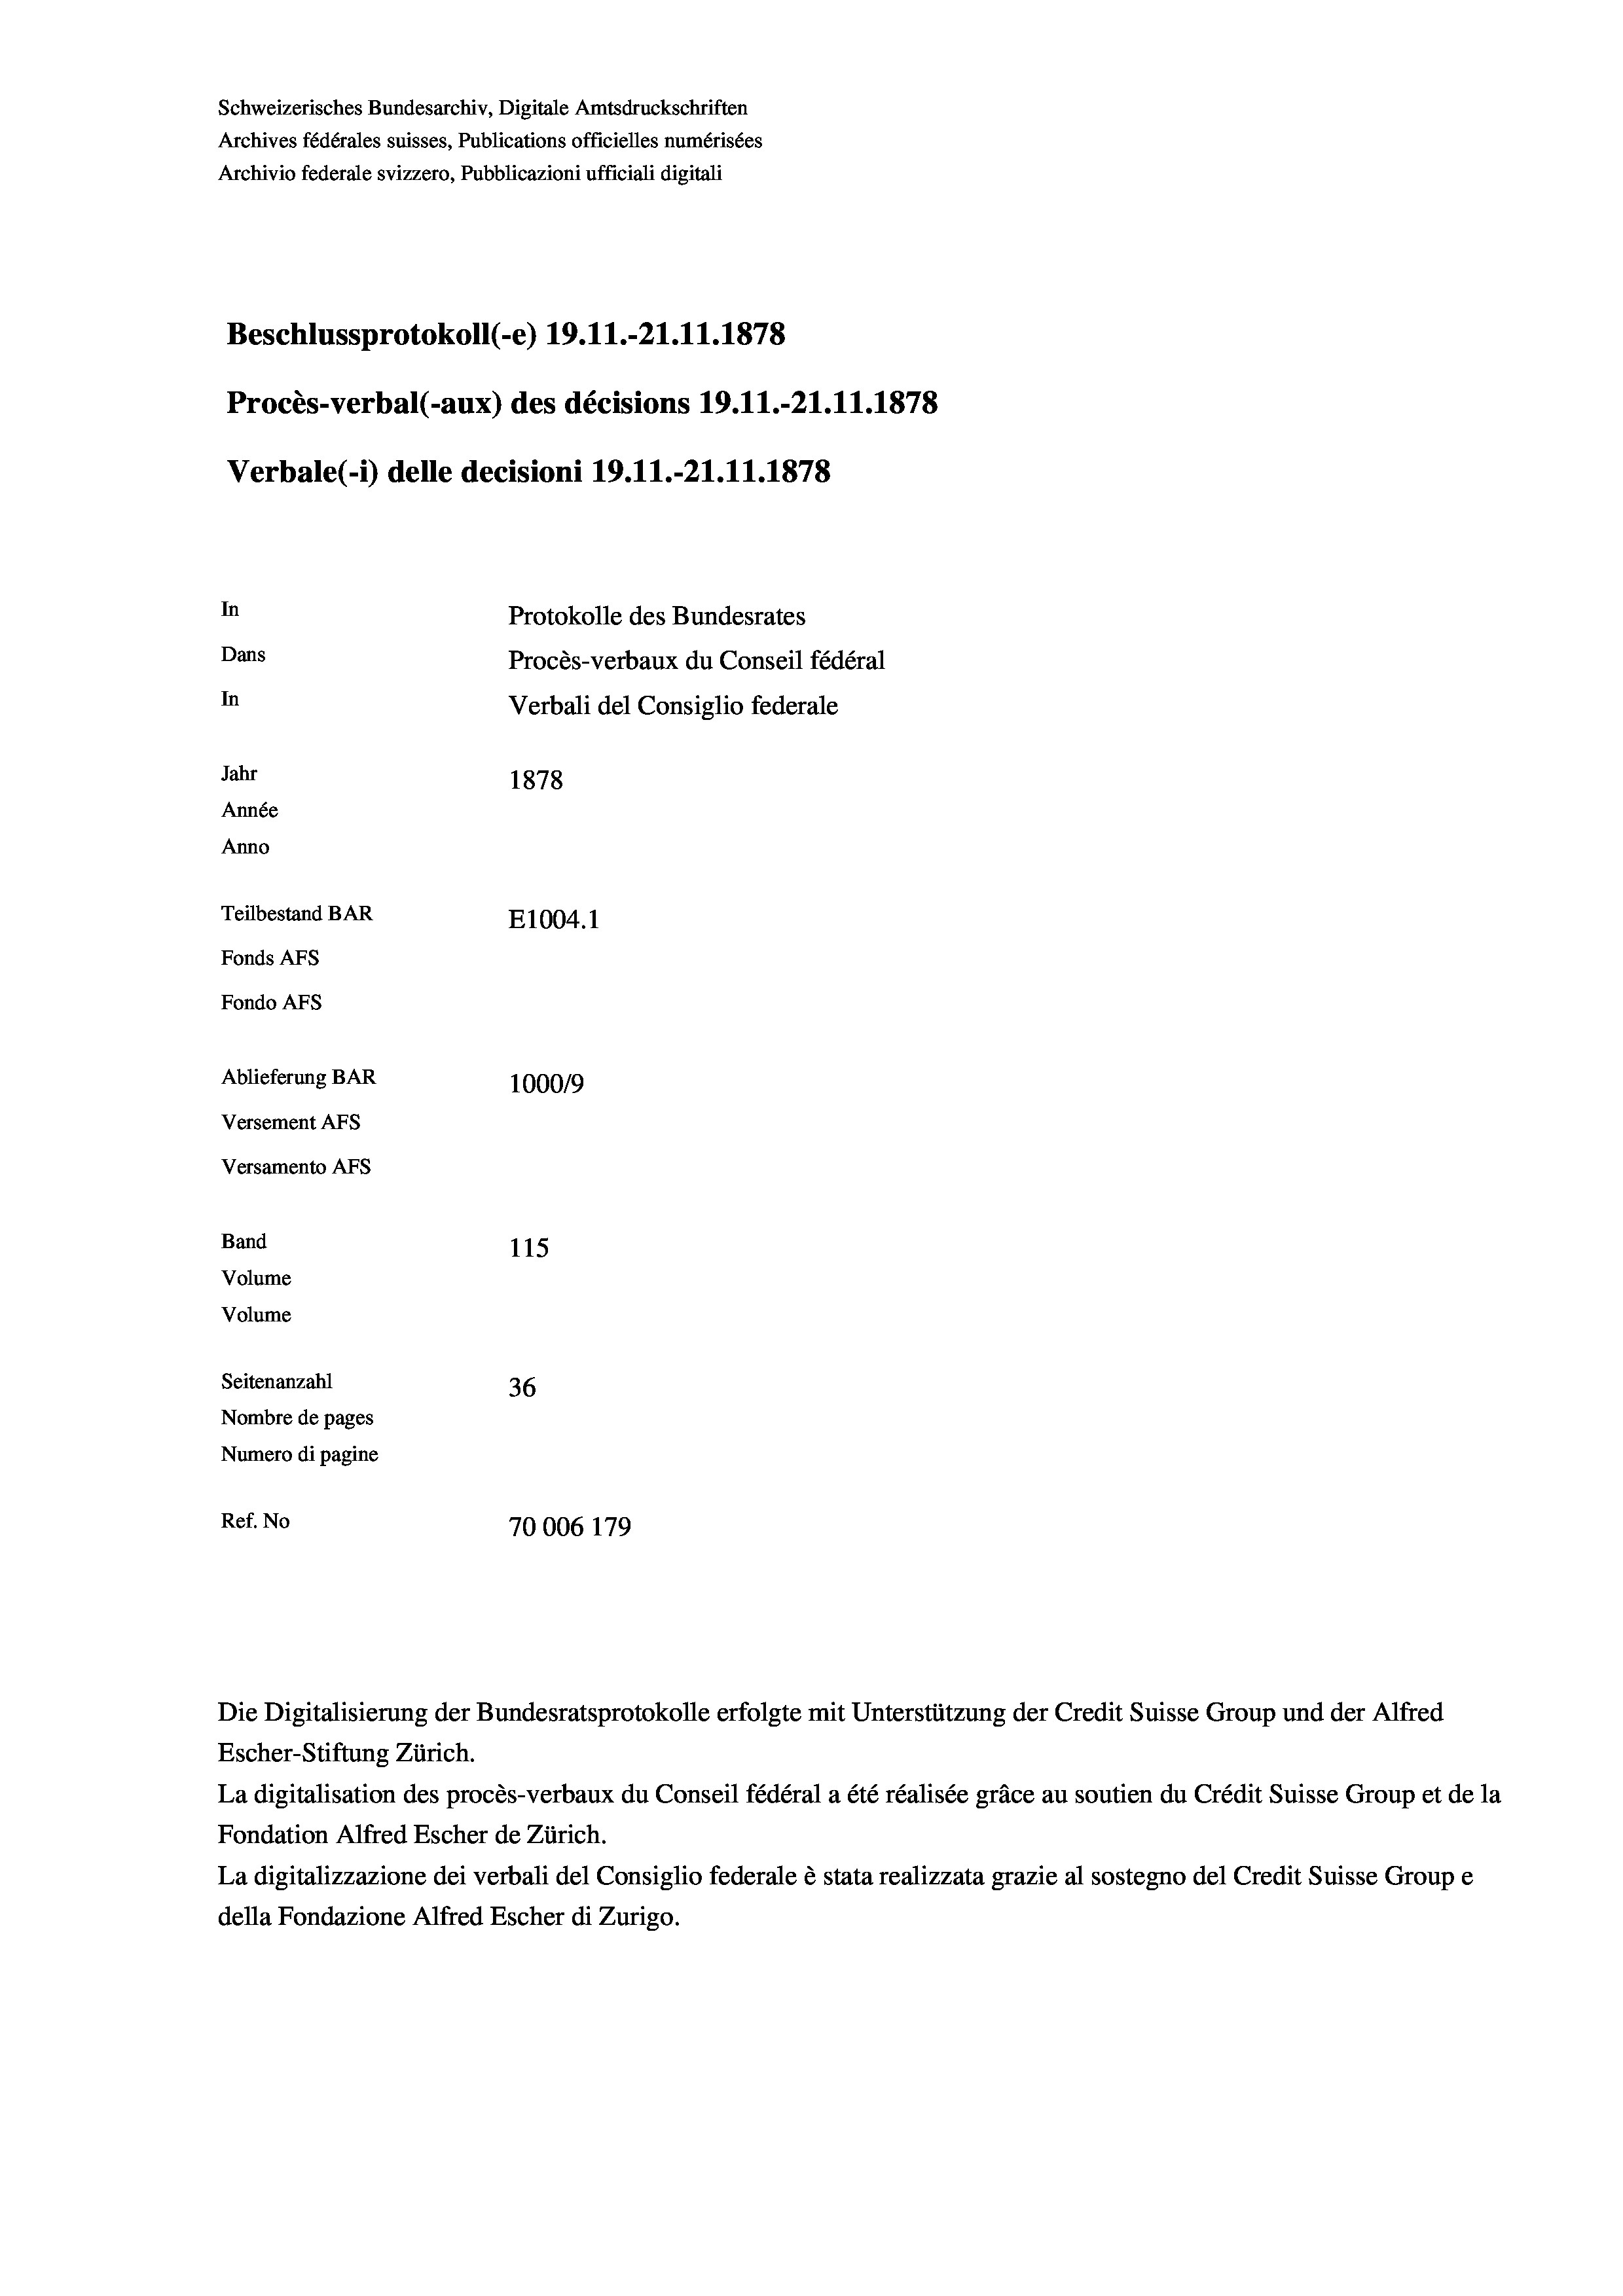
Schweizerisches Bundesarchiv, Digitale Amtsdruckschriften
Archives fédérales suisses, Publications officielles numérisées
Archivio federale svizzero, Pubblicazioni ufficiali digitali
Beschlussprotokoll (-e) 19.11.-21.11.1878
Procès-verbal (-aux) des décisions 19.11.-21.11.1878
Verbale(-*) delle decisioni 19. 11.-21.11.1878
In
Protokolle des Bundesrates
Dans
Procès-verbaux du Conseil fédéral
In
Verbali del Consiglio federale
Jahr
1878
Année
Anno
Teilbestand BAR
E1004. 1
Fonds AFs
Fondo AFS
Ablieferung BAR
100019
Versement As
Versamento AFs
Band
115
Volume
Volume

Seitenanzahl
36
Nombre de pages
Numero di pagine
Ref. No
70006 179

Die Digitalisierung der Bundesratsprotokolle erfolgte mit Unterstützung der Credit Suisse Group und der Alfred
Escher-Stiftung Zürich.
La digitalisation des procès-verbaux du Conseil fédéral a été réalisée gräce au soutien du Crédit Suisse Group et de la
Fondation Alfred Escher de Zürich.
La digitalizzazione dei verbali del Consiglio federale è stata realizzata grazie al sostegno del Credit Suisse Groupe
della Fondazione Alfred Escher di Zurigo.